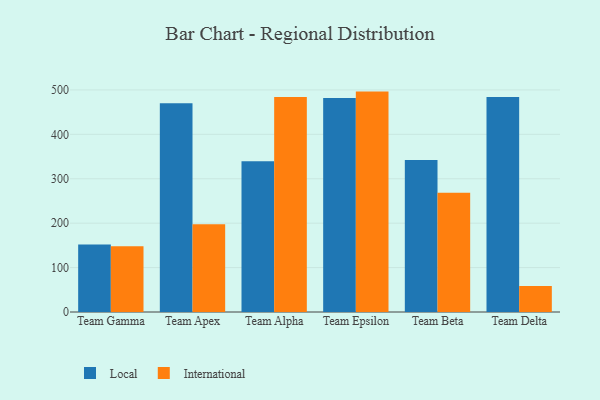
{"axis": {"x": "Team", "y": "Demand Index"}, "legend": ["International", "Local"], "data": [{"x": "Team Gamma", "y": 152.0, "type": "Local"}, {"x": "Team Gamma", "y": 148.2, "type": "International"}, {"x": "Team Apex", "y": 470.1, "type": "Local"}, {"x": "Team Apex", "y": 197.5, "type": "International"}, {"x": "Team Alpha", "y": 339.4, "type": "Local"}, {"x": "Team Alpha", "y": 483.9, "type": "International"}, {"x": "Team Epsilon", "y": 481.6, "type": "Local"}, {"x": "Team Epsilon", "y": 496.2, "type": "International"}, {"x": "Team Beta", "y": 342.4, "type": "Local"}, {"x": "Team Beta", "y": 268.7, "type": "International"}, {"x": "Team Delta", "y": 484.0, "type": "Local"}, {"x": "Team Delta", "y": 58.4, "type": "International"}]}